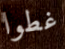
غطوا